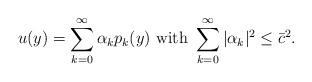
LaTeX: \begin{align*}u(y) = \sum\limits_{k=0}^{\infty} \alpha_k p_k(y) \mbox{ with } \sum\limits_{k=0}^{\infty}|\alpha_k|^2 \leq \bar{c}^2.\end{align*}